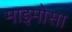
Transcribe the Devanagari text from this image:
माइमोसा